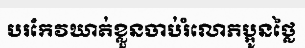
បរកែវឃាត់ខ្លួនចាប់រំលោភប្អូនថ្លៃ